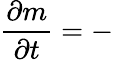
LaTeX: {\frac{\partial m}{\partial t}}=-